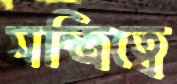
মন্ত্রিত্বে